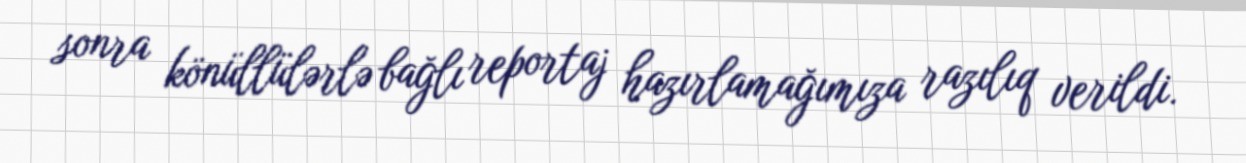
sonra könüllülərlə bağlı reportaj hazırlamağımıza razılıq verildi.